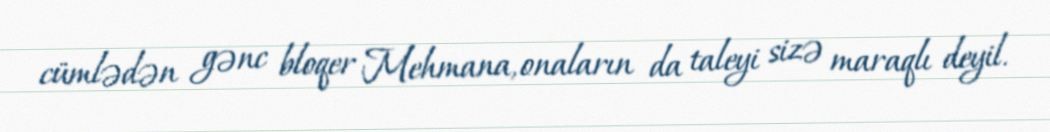
cümlədən gənc bloqer Mehmana, onaların da taleyi sizə maraqlı deyil.